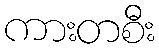
ကားတစီး